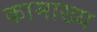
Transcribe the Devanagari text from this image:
कामाख्य